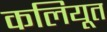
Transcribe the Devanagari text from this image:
कलियूत